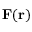
\mathbf { F } ( \mathbf { r } )